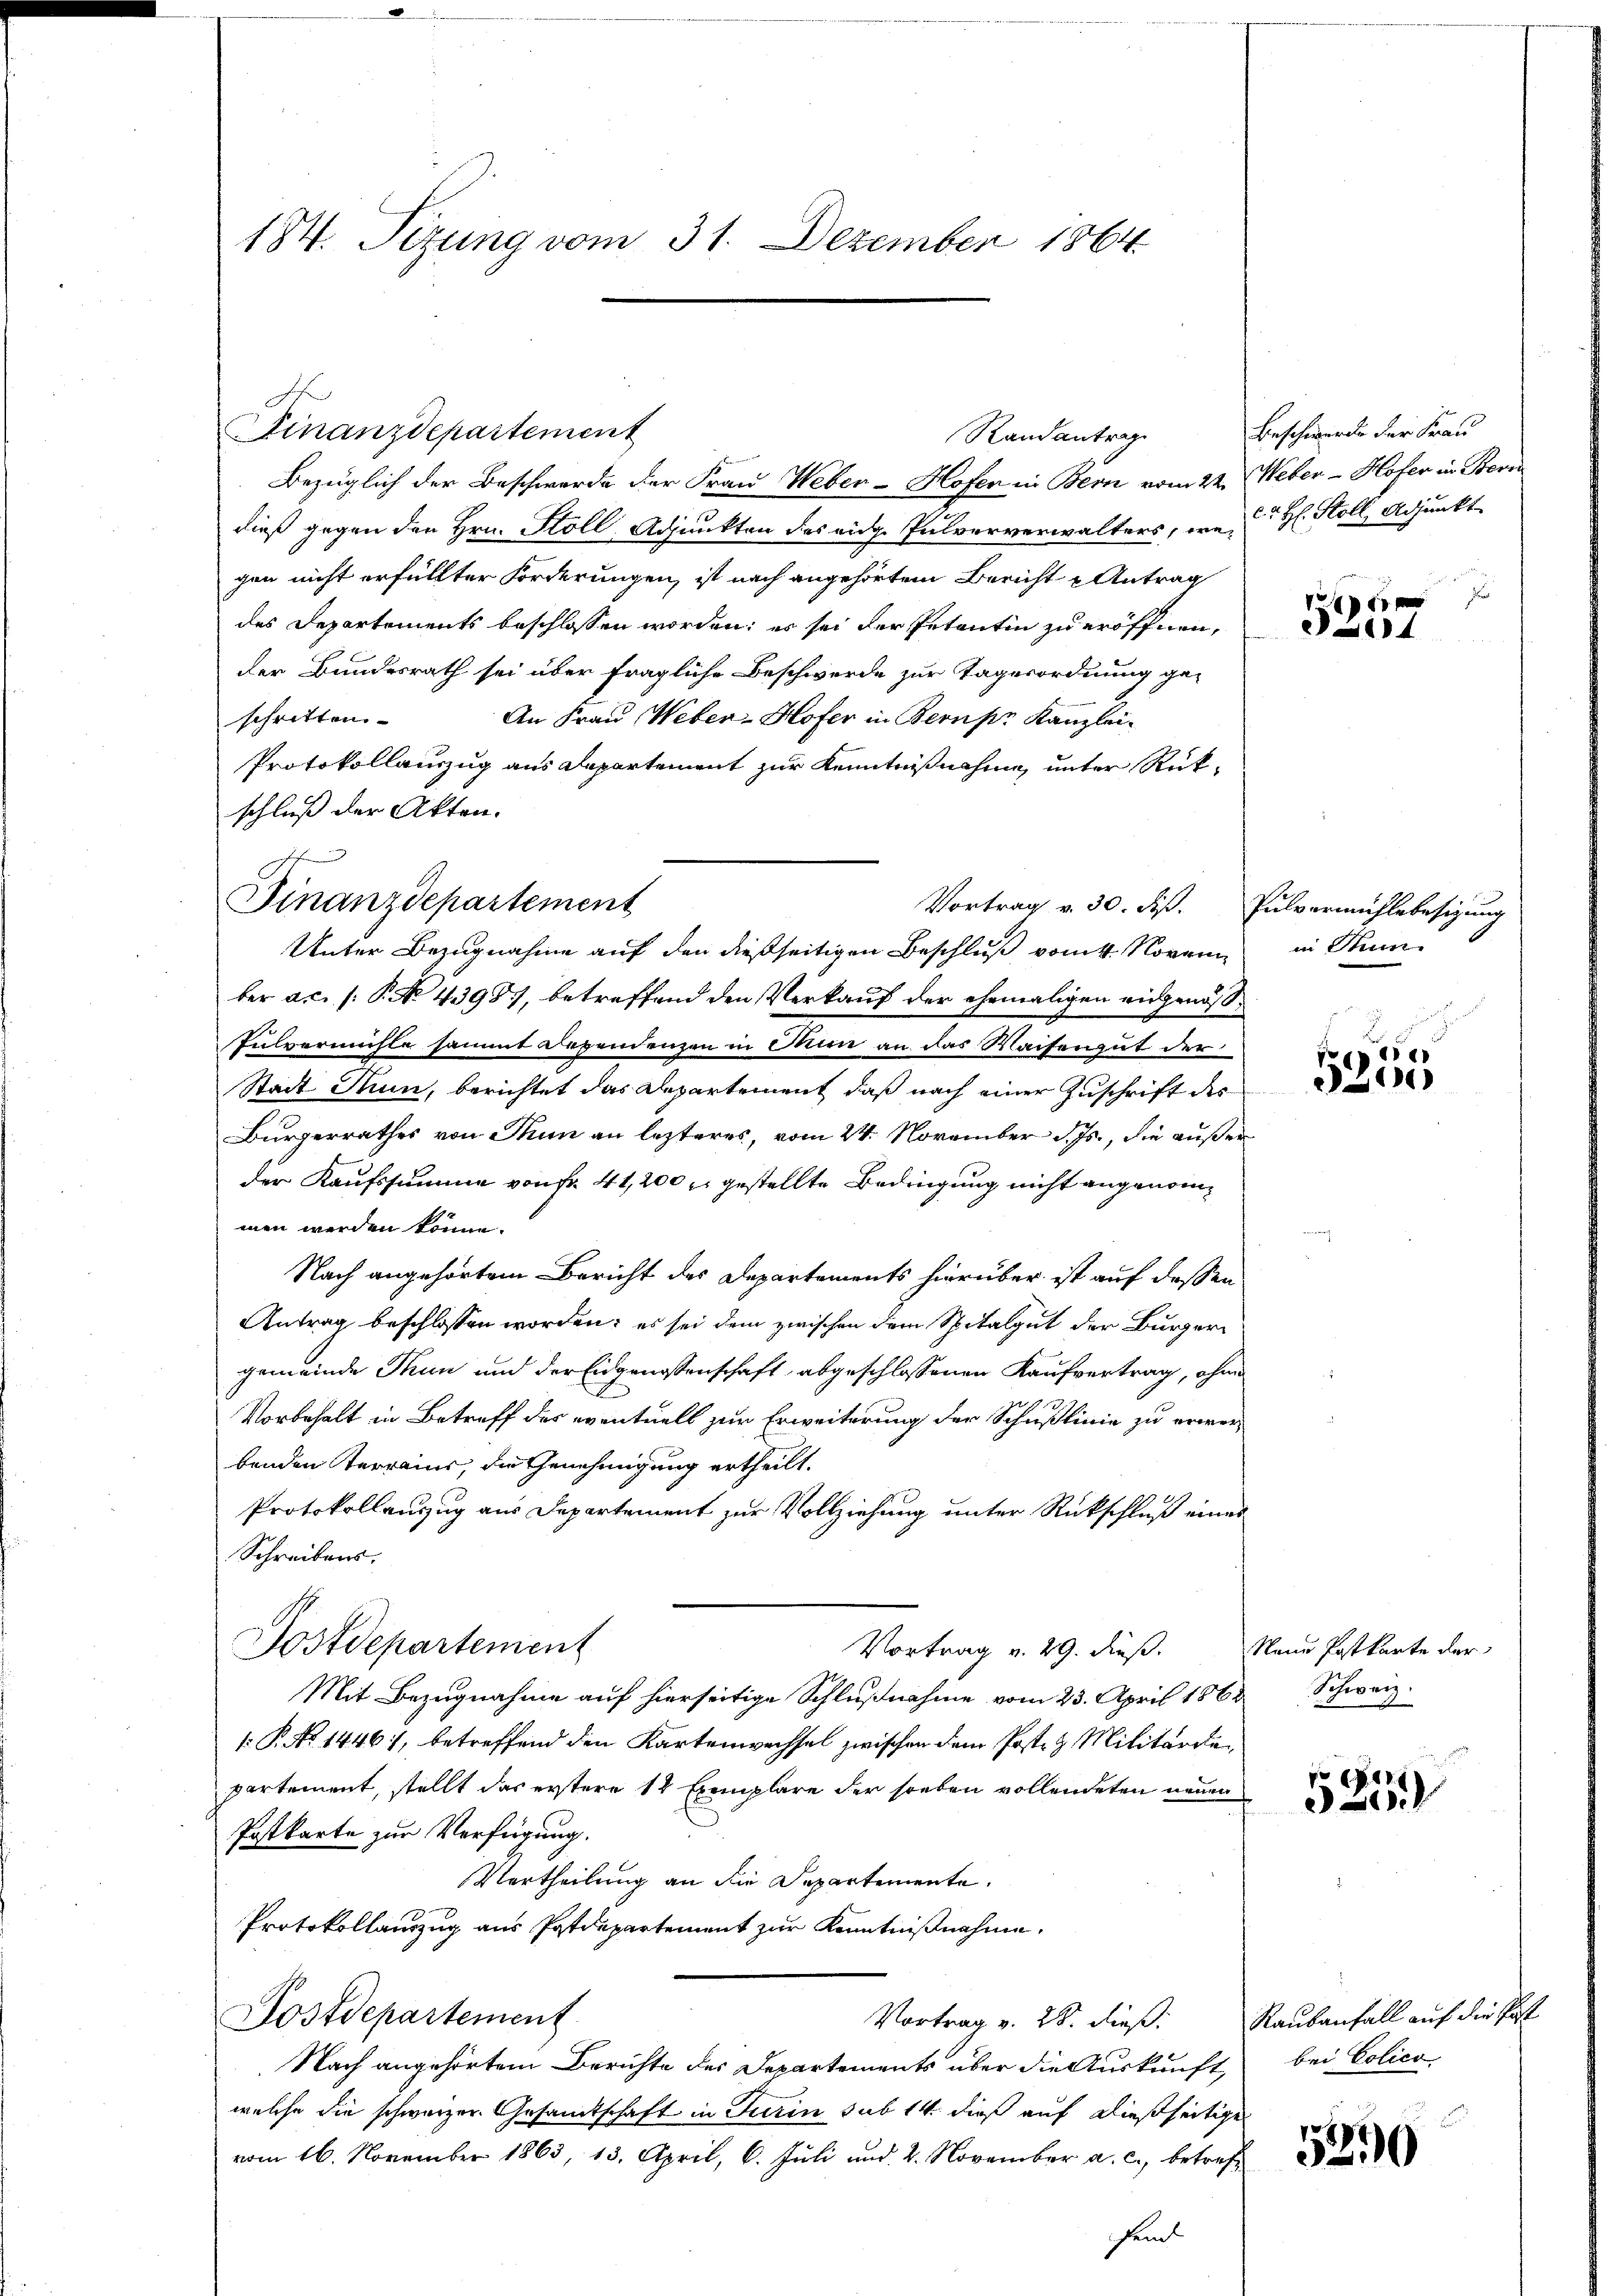
184. Sezung vom 31. Dezember 1864

Finanzdepartement
Bezüglich der Beschwerde der Frau Weber-Hofer in Bern vom 22. Weber-Hofer in Beri
dieß gegen den Hrn. Stoll, Adjunkten des eidg. Pulververwalters, wo H. Stoll, Adjunkt
gen nicht erfüllter Forderungen, ist nach angehörtem Bericht Antrag
des Departements beschlossen worden; es sei der Petentin zu eröffnen.
der Bundesrath sei über fragliche Beschwerde zur Tagesordnung ge-
An Frau Weber-Hofer in Bern pr Kanzlei-
schritten
Protokollauszug aus Departement zur Kenntnißnahme unter Rükschluß der Akten.
ber a.c. (: P. No. 4398, betreffend den Verkauf der ehemaligen eidgenöß¬
Talvermißte sammt Dependenzen in Dann an das Waisengut der
Stadt Nun, berichtet das Departement, daß nach einer Zuschrift des
Bürgerrathes von Thun an lezteres, vom 24. November d. Js., die außer
der Kaufssumme von Fr. 41,200 r. gestellte Bedingung nicht angenommen werden könne.
Nach angehörtem Bericht des Departements hierüber ist auf dessen
Antrag beschlossen worden; es sei dem zwischen dem Spitalgut der Burgergemeinde Thun und der Eidgenossenschaft abgeschlossenen Kaufvertrag, ohne
Vorbehalt in Betreff des eventuell zur Erweiterung der Schußlinie zu erwerbenden Terrains, die Genehmigung ertheilt.
Protokollanzug aus Departement zur Vollziehung unter Rückschluß eines
Schreibens,
Postdepartement
Vortrag v. 29. dieß. Neue Postkarte der
Mit Bezugnahme auf hierseitige Schlußnahme vom 23. April 1862
. P. No 1446), betreffend den Kartenwechsel zwischen dem Postiz Militärde
partement, stellt das erstere 12 Exemplare der soeben vollendeten neuen
Postkarte zur Verfügung.
Vertheilung an die Departemente.
Protokollanzug aus Postdepartement zur Kenntnißnahme,
Postdepartement
Vortrag v. 28. dieß: Raubanfall auf die Past
Nach angehörtem Berichte des Departements über die Auskunft bei Polico
welche die schweizer Gesamtschaft in Turin sub 14. dieß auf dießseitige
vom 16. November 1863, 13. April, 6. Juli und 2. November a. c., betrefheit

Finanzdepartement
Vortrag v. 30. ds.
Unter Bezugnahme auf den dießseitigen Beschluß vom 4. Novem

Randantrag

Beschwerde der Frau

Ve
14

Pulvermühlebesizung
in Stun

85
di

Schweiz.

25

5290